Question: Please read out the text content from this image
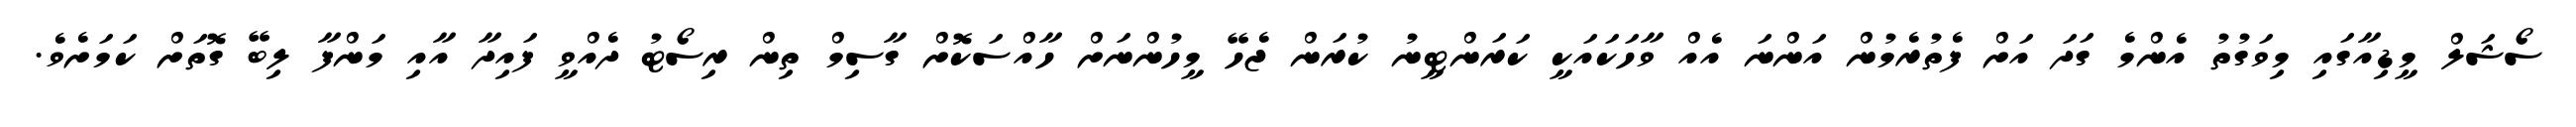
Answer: ސޯޝަލް މީޑިއާގައި މިވަގުތު އެންމެ ގަދަ އަށް ފެތުރެމުން އަންނަ އެއް ވާހަކައަކީ ކަރަންޓީނު ކުރަން ޖެހޭ މީހުންނަށް ހާއްސަކޮށް ގާސިމް ތިން ރިސޯޓު ދެއްވީ ފައިދާ އާއި މަންފާ ލިބޭ ގޮތަށް ކަމަށެވެ.